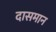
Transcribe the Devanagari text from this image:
दासमान